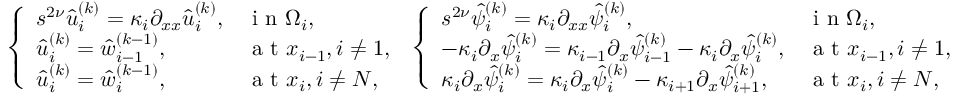
\begin{array} { r c l l } { \left\{ \begin{array} { l l } { s ^ { 2 \nu } \hat { u } _ { i } ^ { ( k ) } = \kappa _ { i } \partial _ { x x } \hat { u } _ { i } ^ { ( k ) } , } & { \textrm { i n } \Omega _ { i } , } \\ { \hat { u } _ { i } ^ { ( k ) } = \hat { w } _ { i - 1 } ^ { ( k - 1 ) } , } & { \textrm { a t } x _ { i - 1 } , i \neq 1 , } \\ { \hat { u } _ { i } ^ { ( k ) } = \hat { w } _ { i } ^ { ( k - 1 ) } , } & { \textrm { a t } x _ { i } , i \neq N , } \end{array} \right. } \end{array} \! \! \! \! \begin{array} { r c l l } { \left\{ \begin{array} { l l } { s ^ { 2 \nu } \hat { \psi } _ { i } ^ { ( k ) } = \kappa _ { i } \partial _ { x x } \hat { \psi } _ { i } ^ { ( k ) } , } & { \textrm { i n } \Omega _ { i } , } \\ { - \kappa _ { i } \partial _ { x } \hat { \psi } _ { i } ^ { ( k ) } = \kappa _ { i - 1 } \partial _ { x } \hat { \psi } _ { i - 1 } ^ { ( k ) } - \kappa _ { i } \partial _ { x } \hat { \psi } _ { i } ^ { ( k ) } , } & { \textrm { a t } x _ { i - 1 } , i \neq 1 , } \\ { \kappa _ { i } \partial _ { x } \hat { \psi } _ { i } ^ { ( k ) } = \kappa _ { i } \partial _ { x } \hat { \psi } _ { i } ^ { ( k ) } - \kappa _ { i + 1 } \partial _ { x } \hat { \psi } _ { i + 1 } ^ { ( k ) } , } & { \textrm { a t } x _ { i } , i \neq N , } \end{array} \right. } \end{array}